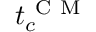
t _ { c } ^ { \mathrm { ~ C ~ M ~ } }